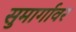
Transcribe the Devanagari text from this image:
सुमार्गावर